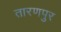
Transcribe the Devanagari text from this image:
तारणपुर